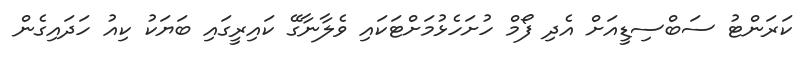
ކަރަންޓު ސަބްސިޑީއަށް އެދި ފޯމް ހުށަހެޅުމަށްޓަކައި ވެލާނާގޭ ކައިރީގައި ބަޔަކު ކިއު ހަދައިގެން